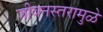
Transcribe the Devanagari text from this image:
जीवनस्तरामुळे